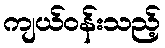
ကျယ်ဝန်းသည့်